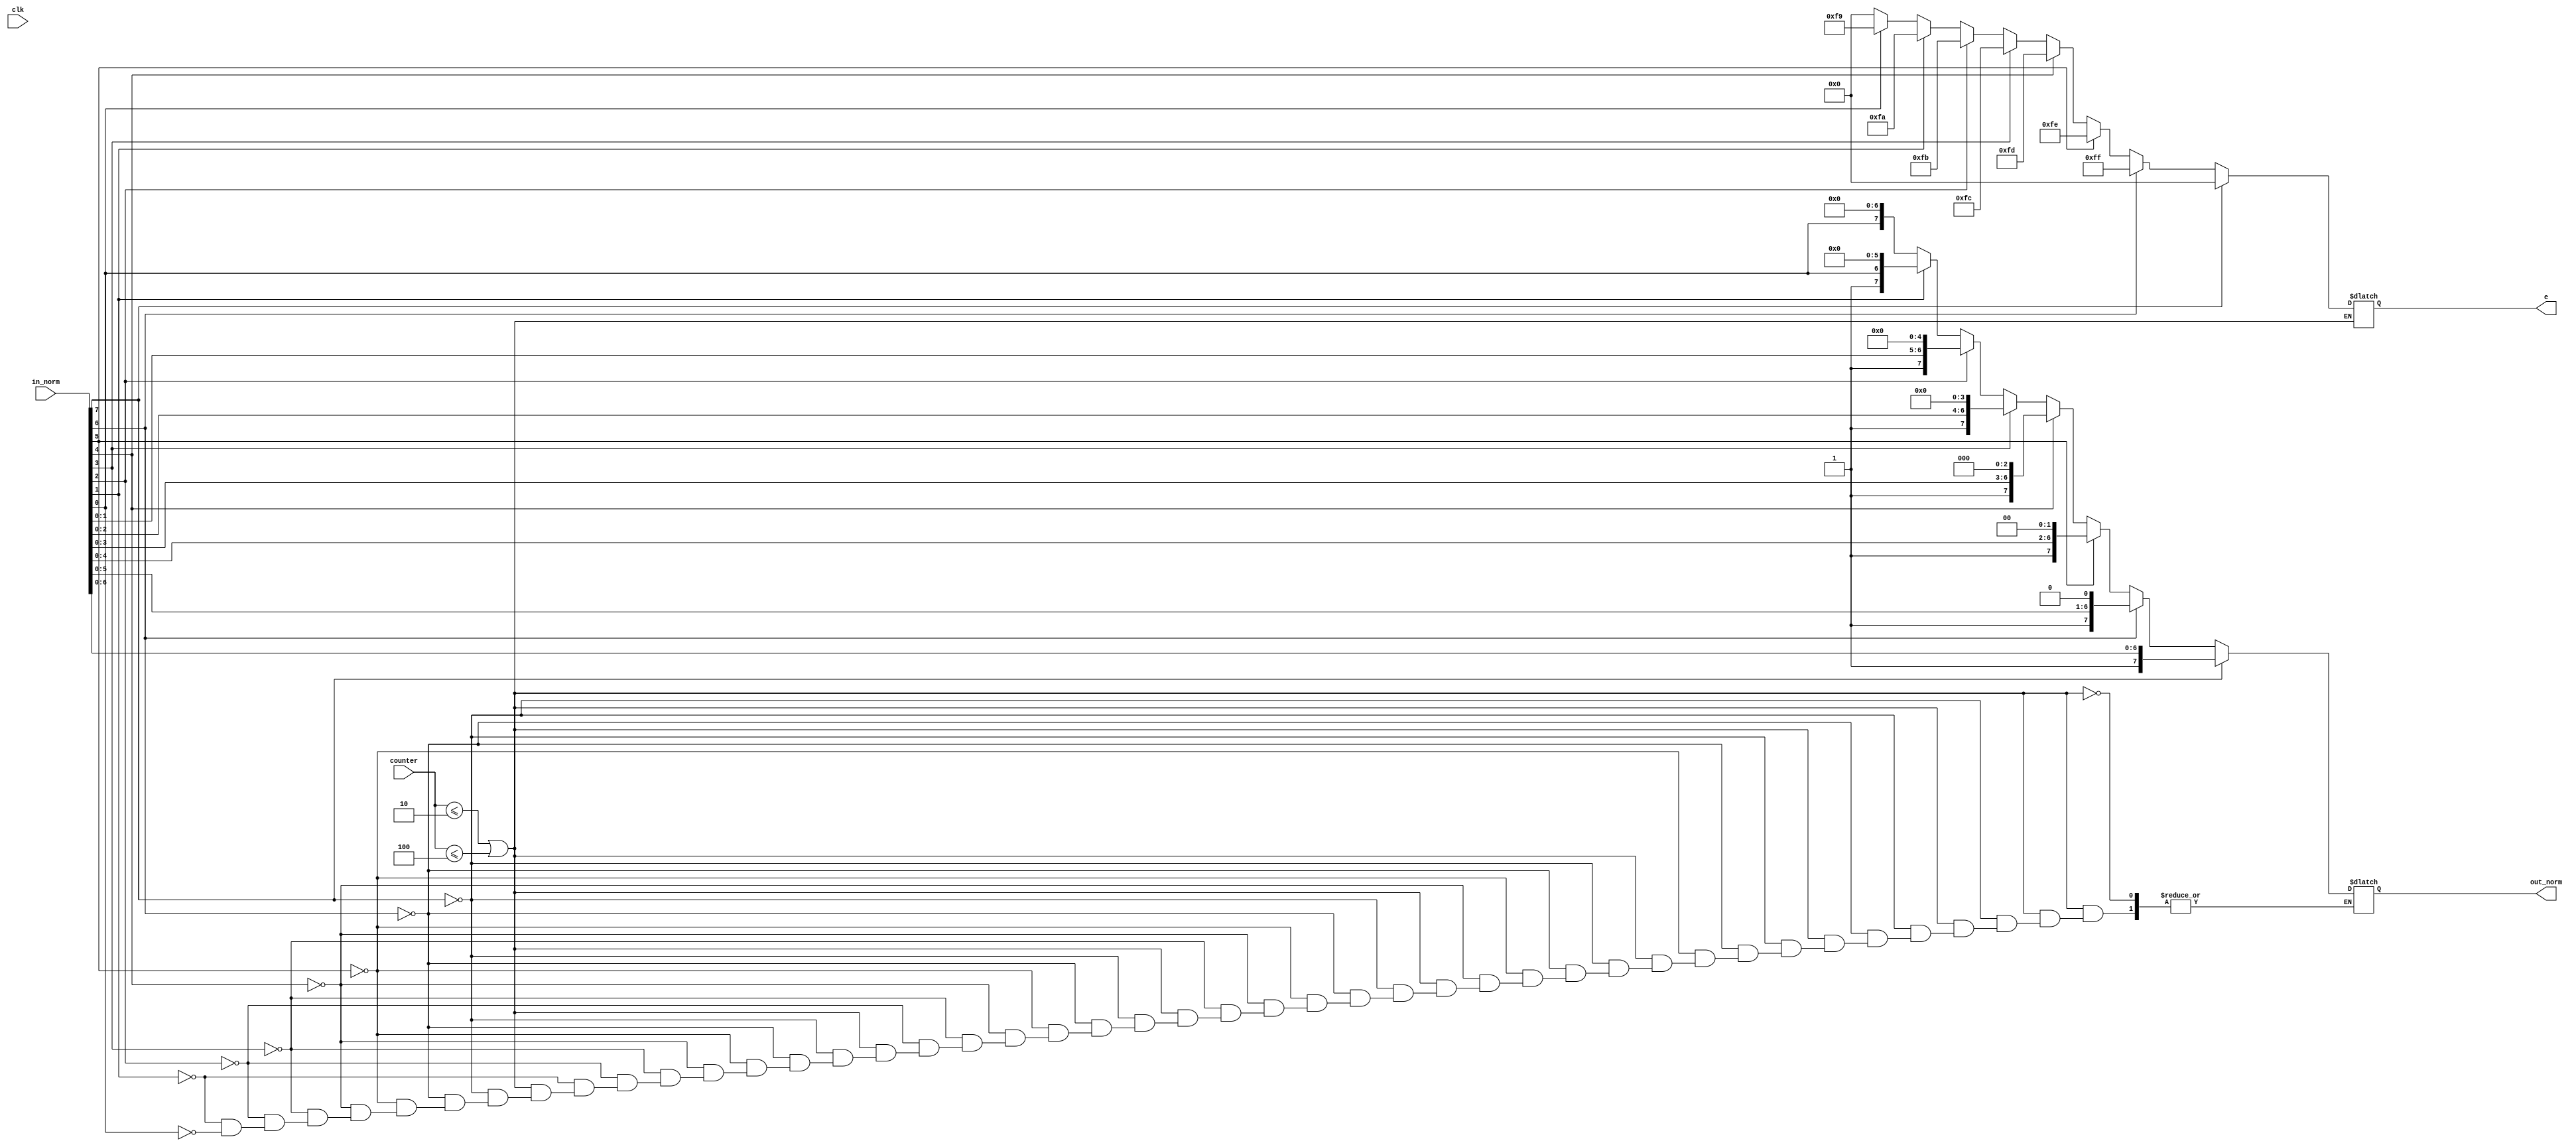
module normalizer(clk,counter,in_norm,out_norm,e);
parameter n=8;
input [n-1:0]counter;
input clk;
input [n-1:0]in_norm;
output reg [n-1:0]out_norm;
output reg [n-1:0]e;
reg [n-1:0] a= 0;
reg [n-1:0] temp_norm;
reg [2:0] i=7;

// assign e=a;
// always@(posedge clk)
// temp_norm=in_norm;

always@(in_norm)
begin
	temp_norm=in_norm;
		
	if(counter<=(1<<1) || counter<=(1<<2))
	begin

	 // while(in_norm[7]==0)
		// begin
		
			// temp_norm ={temp_norm[n-2:0],temp_norm[n-1]};
			// a=a-1;
			// i=i-1;
		// end
		a=0;
		i=7;
		if(in_norm[7]==1)
		begin
		
			out_norm =temp_norm;
			a=0;
		end
		
		else if(in_norm[6]==1)
		begin
		
			out_norm ={temp_norm[n-2:0],1'b0};
			a=-1;
		end
		else if(in_norm[5]==1)
		begin
		
			out_norm ={temp_norm[n-3:0],{2{1'b0}}};
			a=-2;
		end
		
		else if(in_norm[4]==1)
		begin
		
			out_norm ={temp_norm[n-4:0],{3{1'b0}}};
			a=-3;
		end
		
		else if(in_norm[3]==1)
		begin
		
			out_norm ={temp_norm[n-5:0],{4{1'b0}}};
			a=-4;
		end
		
		else if(in_norm[2]==1)
		begin
		
			out_norm ={temp_norm[n-6:0],{5{1'b0}}};
			a=-5;
		end
		else if(in_norm[1]==1)
		begin
		
			out_norm ={temp_norm[n-7:0],{6{1'b0}}};
			a=-6;
		end
		else if(in_norm[0]==1)
		begin
		
			out_norm ={temp_norm[0],{7{1'b0}}};
			a=-7;
		end
		
		e=a;
	end
	
	//out_norm=temp_norm;
end


endmodule